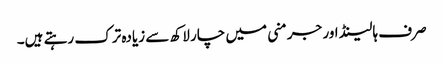
صرف ہالینڈ اور جرمنی میں چار لاکھ سے زیادہ ترک رہتے ہیں۔